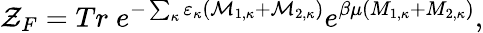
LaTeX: {\cal Z}_{F}=Tr\; e^{-\sum_{\kappa}\varepsilon_{\kappa}({\cal M}_{1,\kappa}+{\cal M}_{2,\kappa})}e^{\beta\mu(M_{1,\kappa}+M_{2,\kappa})},